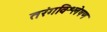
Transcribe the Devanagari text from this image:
तरंगविश्लेषण